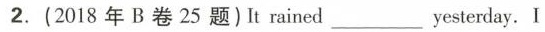
2.(2018年B卷25题)It rained yesterda.I